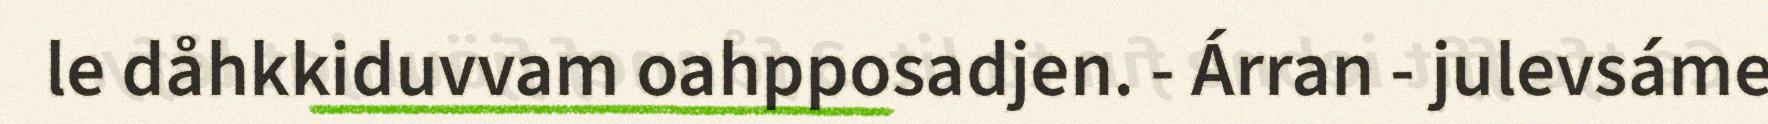
le dåhkkiduvvam oahpposadjen. - Árran - julevsáme